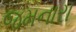
જમનારા